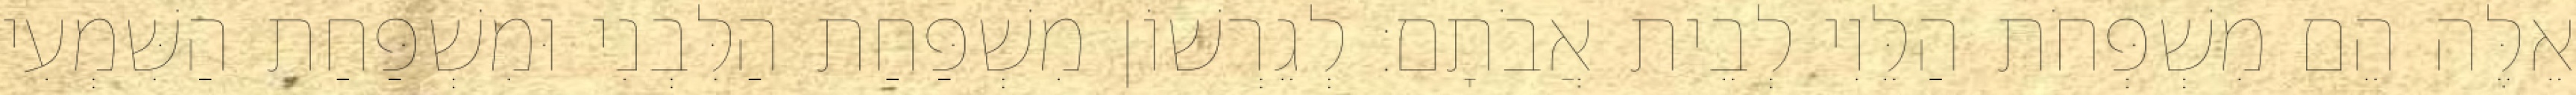
אֵלֶּה הֵם מִשְׁפְּחֹת הַלֵּוִי לְבֵית אֲבֹתָם׃ לְגֵרְשׁוֹן מִשְׁפַּחַת הַלִּבְנִי וּמִשְׁפַּחַת הַשִּׁמְעִי